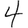
Digit: 4